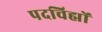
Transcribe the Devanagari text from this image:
पदचिह्मों